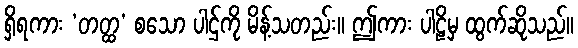
ရှိရကား ‘တတ္ထ’ စသော ပါဌ်ကို မိန့်သတည်း။ ဤကား ပါဠိမှ ထွက်ဆိုသည်။